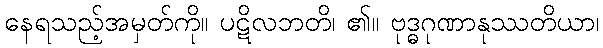
နေရသည့်အမှတ်ကို။ ပဋိလဘတိ၊ ၏။ ဗုဒ္ဓဂုဏာနုဿတိယာ၊